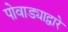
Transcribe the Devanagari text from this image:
पोवाड्याद्वारे